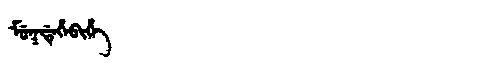
Manchu: ᠮᡠᡴᡩᡝᡥᡝᠪᡳᡥᡝ
Romanization: MUKDEHEBIHE